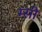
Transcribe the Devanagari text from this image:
म्सी